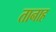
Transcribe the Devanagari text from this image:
तानाह